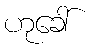
ဟုခေါ်